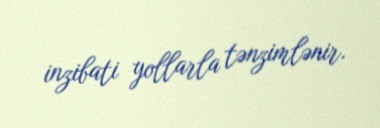
inzibati yollarla tənzimlənir.